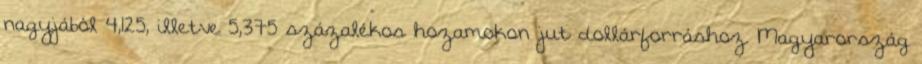
nagyjából 4,125, illetve 5,375 százalékos hozamokon jut dollárforráshoz. Magyarország